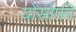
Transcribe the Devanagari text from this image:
योसोफी